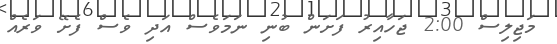
މަޖިލިސް 2:00 ޖަހާއިރު ފަށަން ބުނި ނަމަވެސް އަދި ވެސް ފެށޭ ވަރެއް